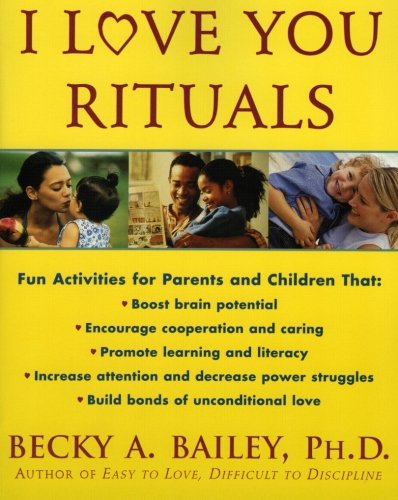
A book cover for I Love You Rituals; Becky A. Bailey; Crafts, Hobbies & Home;